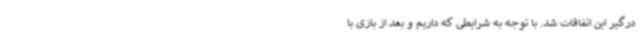
درگیر این اتفاقات شد. با توجه به شرایطی که داریم و بعد از بازی با